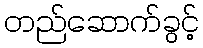
တည်ဆောက်ခွင့်